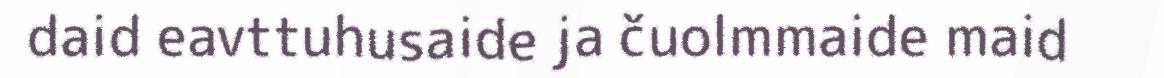
daid eavttuhusaide ja čuolmmaide maid